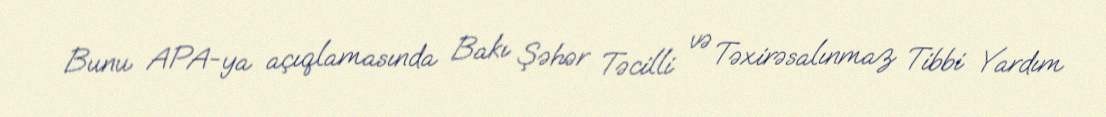
Bunu APA-ya açıqlamasında Bakı Şəhər Təcilli və Təxirəsalınmaz Tibbi Yardım